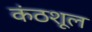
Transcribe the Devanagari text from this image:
कंठशूल